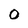
Character: O